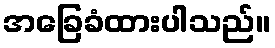
အခြေခံထားပါသည်။